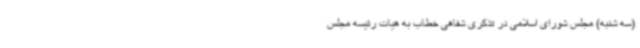
(سه شنبه) مجلس شورای اسلامی در تذکری شفاهی خطاب به هیات رئیسه مجلس